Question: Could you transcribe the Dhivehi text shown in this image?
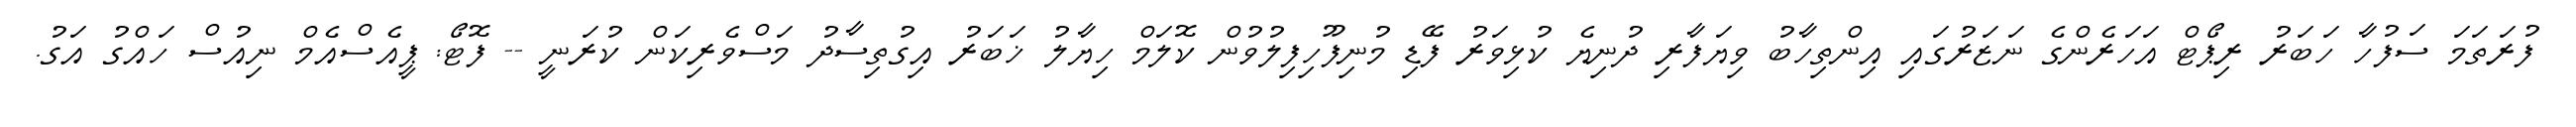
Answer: ފުރަތަމަ ސަފުހާ ހަބަރު ރިޕޯޓް އަހަރެންގެ ނަޒަރުގައި އިންތިހާބު ވިޔަފާރި ދުނިޔެ ކުޅިވަރު ފޭޑި މުނިފޫހިފިލުވުން ކޮލަމް ހިޔާލު ޚަބަރު އިގުތިސާދު މަސްވެރިކަން ކުރަނީ -- ފޮޓޯ: ޕީއެސްއެމް ނިއުސް ހައްގު އަގު.